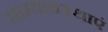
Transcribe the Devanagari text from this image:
साम्यावस्थाएं